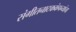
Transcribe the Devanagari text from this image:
संगीतनाटककंपन्यांचा